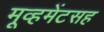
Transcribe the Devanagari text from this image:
मूव्हमेंटसह